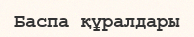
Баспа құралдары